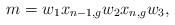
LaTeX: \begin{align*}m=w_1x_{n-1,g}w_2x_{n,g}w_3,\end{align*}